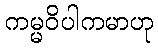
ကမ္မဝိပါကမာဟု